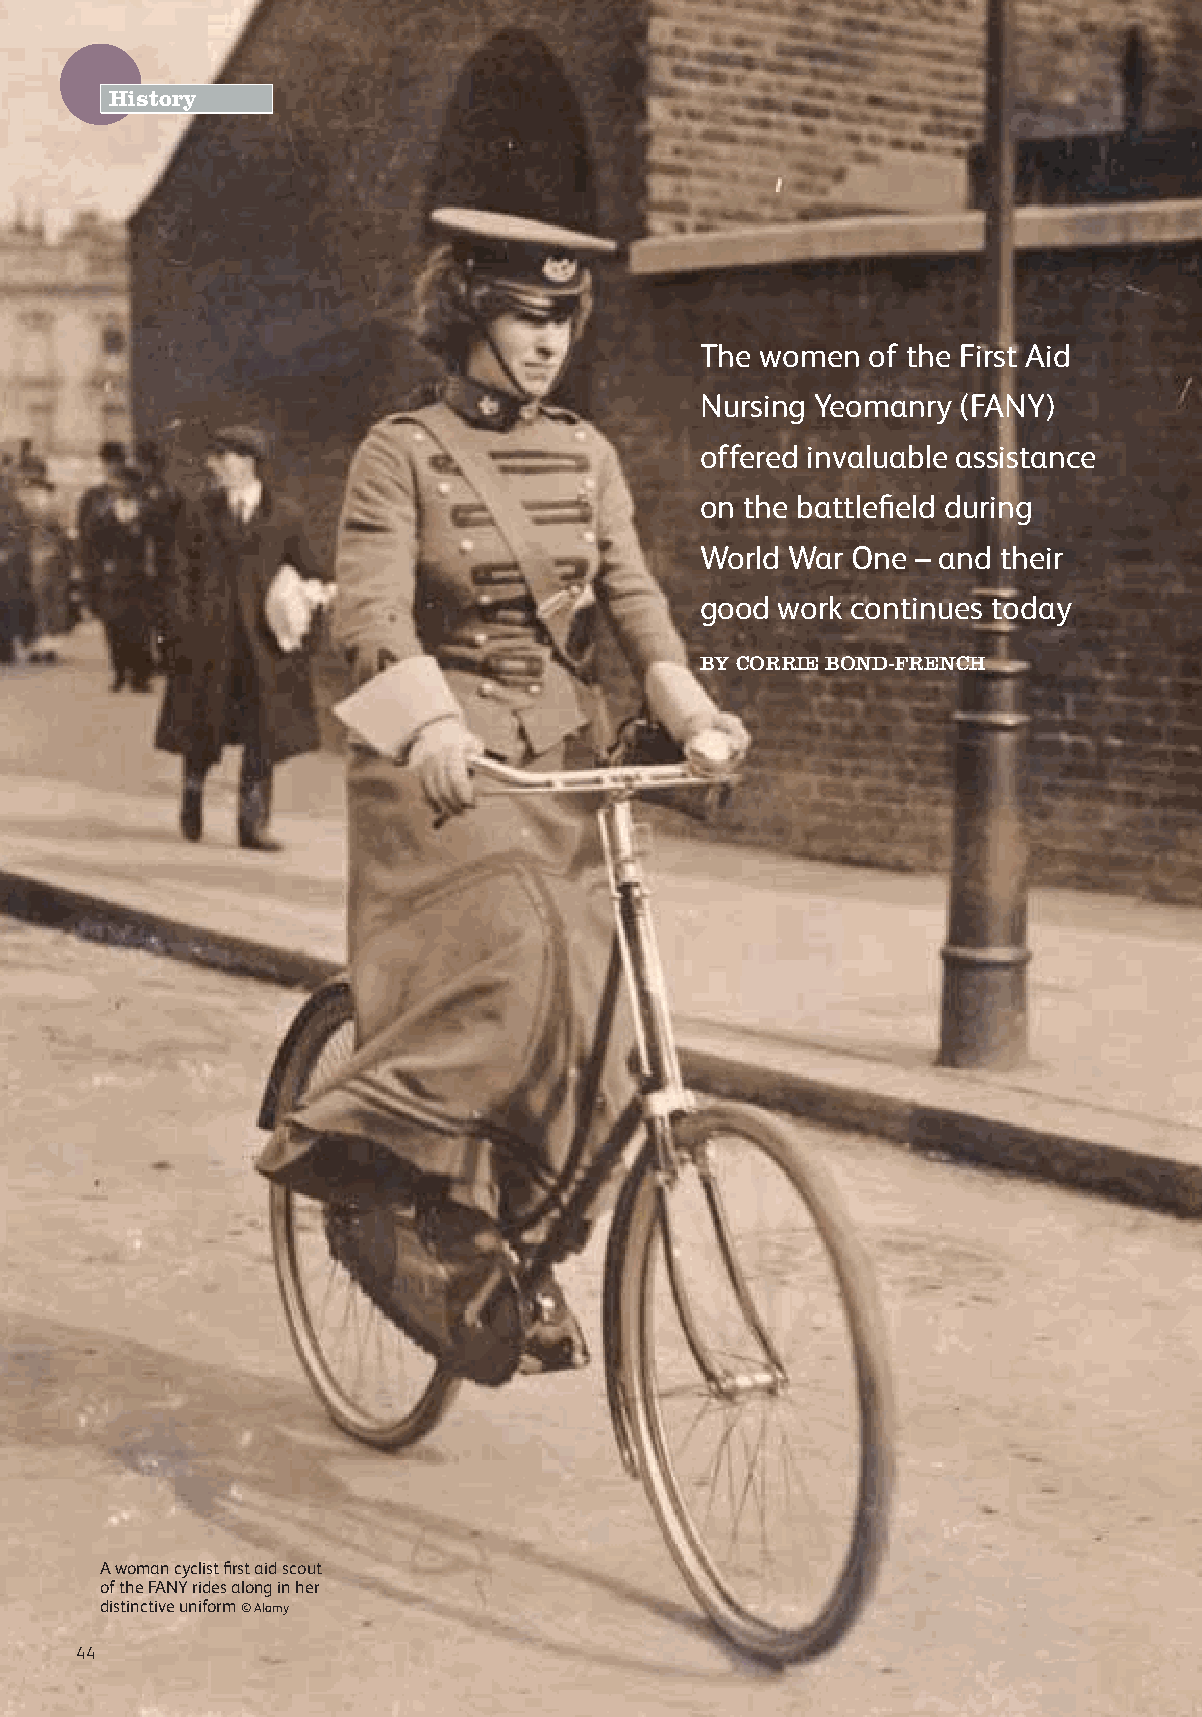
History
 The women   of the First Aid
 Nursing Yeomanry  (FANY)
 offered invaluable assistance
 on the battlefield during
 World War One  – and their
 good  work continues today
 BY CORRIE BOND-FRENCH
 A woman cyclist first aid scout
 of the FANY rides along in her
 distinctive uniform © Alamy
 44